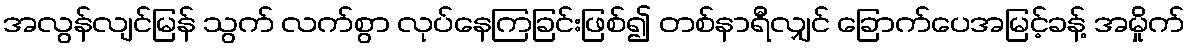
အလွန်လျင်မြန် သွက် လက်စွာ လုပ်နေကြခြင်းဖြစ်၍ တစ်နာရီလျှင် ခြောက်ပေအမြင့်ခန့် အမှိုက်